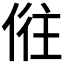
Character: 𠉫